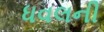
ધવલની